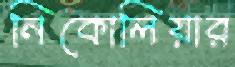
নিকোলিয়ার